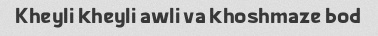
Kheyli kheyli awli va khoshmaze bod